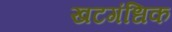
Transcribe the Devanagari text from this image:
खटगंधिक